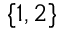
\{ 1 , 2 \}